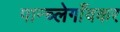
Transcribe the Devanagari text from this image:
पान्च्लेगाँवकर